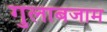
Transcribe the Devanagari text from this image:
गुलाबजाम